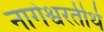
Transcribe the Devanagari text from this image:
नागेश्वरतीर्थ